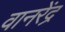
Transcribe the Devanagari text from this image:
वानरेंद्र